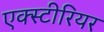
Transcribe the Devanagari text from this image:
एक्स्टीरियर